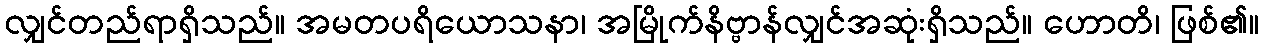
လျှင်တည်ရာရှိသည်။ အမတပရိယောသနာ၊ အမြိုက်နိဗ္ဗာန်လျှင်အဆုံးရှိသည်။ ဟောတိ၊ ဖြစ်၏။